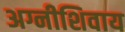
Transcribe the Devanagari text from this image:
अग्नीशिवाय